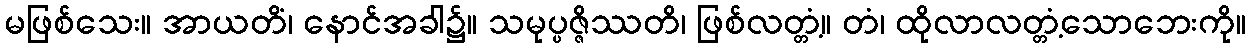
မဖြစ်သေး။ အာယတိံ၊ နောင်အခါ၌။ သမုပ္ပဇ္ဇိဿတိ၊ ဖြစ်လတ္တံ့။ တံ၊ ထိုလာလတ္တံ့သောဘေးကို။